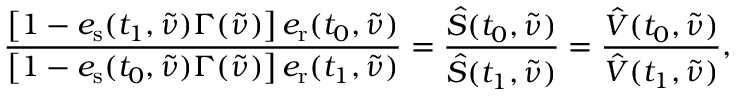
\frac { \left[ 1 - e _ { \mathrm { s } } ( t _ { 1 } , \tilde { \nu } ) \Gamma ( \tilde { \nu } ) \right] e _ { \mathrm { r } } ( t _ { 0 } , \tilde { \nu } ) } { \left[ 1 - e _ { \mathrm { s } } ( t _ { 0 } , \tilde { \nu } ) \Gamma ( \tilde { \nu } ) \right] e _ { \mathrm { r } } ( t _ { 1 } , \tilde { \nu } ) } = \frac { \hat { S } ( t _ { 0 } , \tilde { \nu } ) } { \hat { S } ( t _ { 1 } , \tilde { \nu } ) } = \frac { \hat { V } ( t _ { 0 } , \tilde { \nu } ) } { \hat { V } ( t _ { 1 } , \tilde { \nu } ) } ,